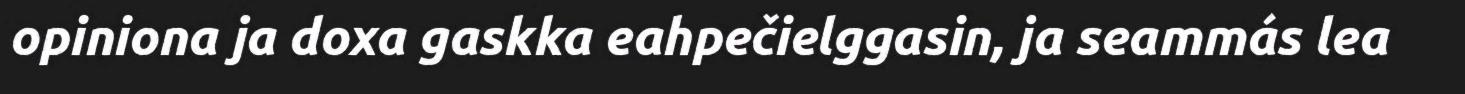
opiniona ja doxa gaskka eahpečielggasin, ja seammás lea